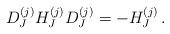
LaTeX: \begin{align*}D_J^{(j)}H_J^{(j)}D_J^{(j)} = -H_J^{(j)}\,.\end{align*}